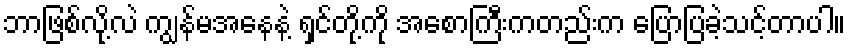
ဘာဖြစ်လို့လဲ ကျွန်မအနေနဲ့ ရှင်တို့ကို အစောကြီးကတည်းက ပြောပြခဲ့သင့်တာပါ။